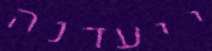
ייעדנה